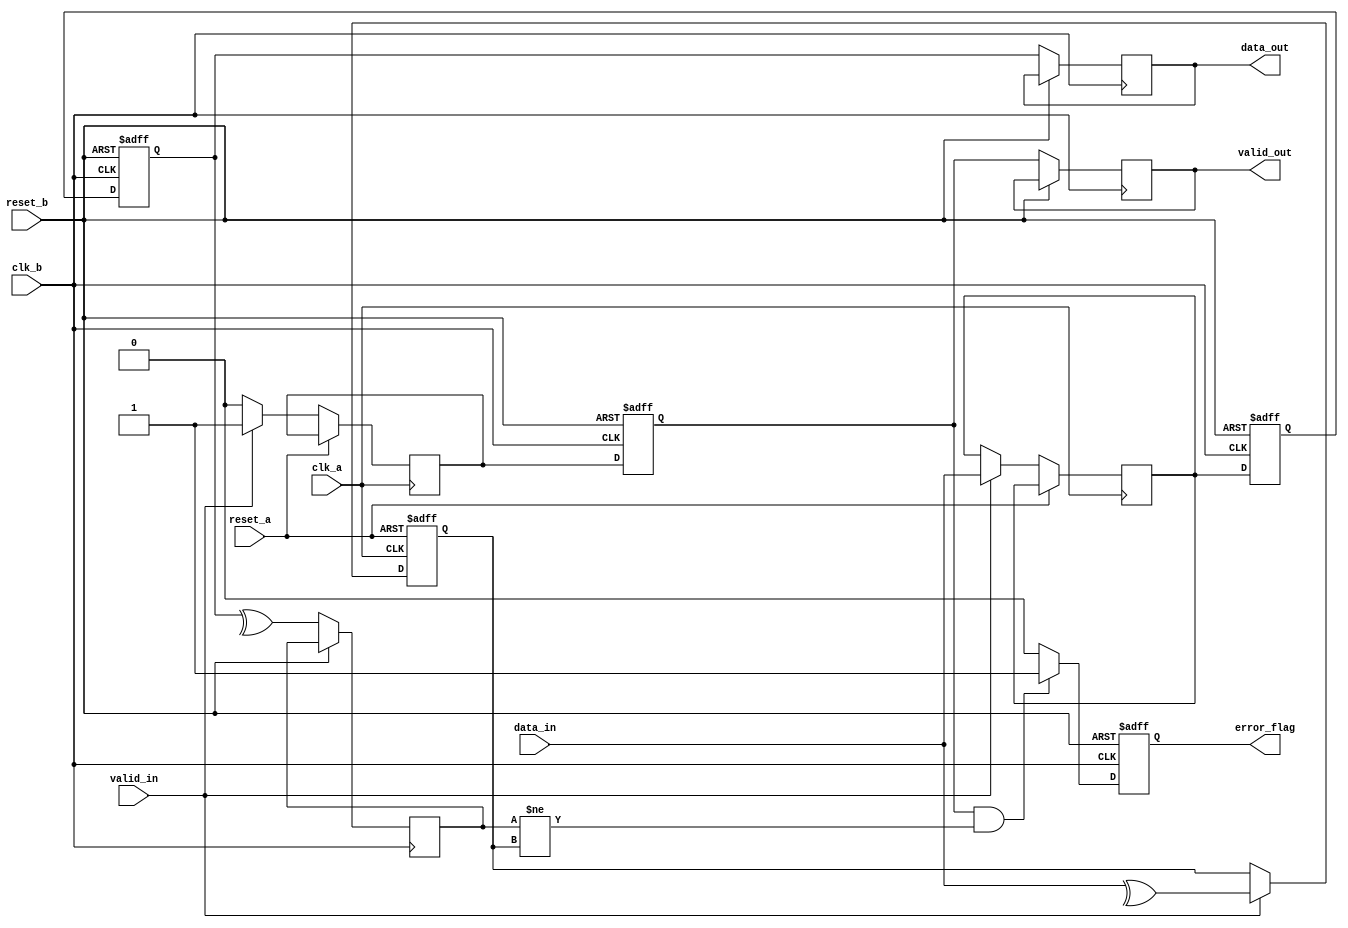
module cdc_with_error_detection #(
    parameter DATA_WIDTH = 8
)(
    input wire clk_a,                // Clock for Domain A
    input wire clk_b,                // Clock for Domain B
    input wire reset_a,              // Asynchronous reset for Domain A
    input wire reset_b,              // Asynchronous reset for Domain B
    input wire [DATA_WIDTH-1:0] data_in, // Data input from Domain A
    input wire valid_in,             // Valid signal from Domain A
    output reg [DATA_WIDTH-1:0] data_out, // Synchronized data output to Domain B
    output reg error_flag,           // Error flag output
    output reg valid_out             // Valid signal for output data in Domain B
);

    // Internal signals
    reg [DATA_WIDTH-1:0] data_buffer;
    reg parity_bit;
    reg parity_check;
    reg valid_buffer;
    
    // Generate parity bit in Domain A
    always @(posedge clk_a or posedge reset_a) begin
        if (reset_a) begin
            parity_bit <= 1'b0;
        end else if (valid_in) begin
            parity_bit <= ^data_in; // Calculate parity (even parity)
            data_buffer <= data_in;  // Buffer the data
            valid_buffer <= 1'b1;     // Set valid buffer
        end else begin
            valid_buffer <= 1'b0;     // Clear valid buffer
        end
    end

    // Dual-flop synchronizer in Domain B
    reg [DATA_WIDTH-1:0] sync_ff1;
    reg [DATA_WIDTH-1:0] sync_ff2;
    reg sync_valid;
    
    always @(posedge clk_b or posedge reset_b) begin
        if (reset_b) begin
            sync_ff1 <= 0;
            sync_ff2 <= 0;
            sync_valid <= 1'b0;
            error_flag <= 1'b0;
        end else begin
            sync_ff1 <= data_buffer; // Capture data from Domain A
            sync_ff2 <= sync_ff1;    // Second flip-flop for stability
            sync_valid <= valid_buffer; // Capture valid signal
            
            // Check parity
            parity_check <= ^sync_ff2; // Calculate parity of received data
            if (sync_valid && (parity_check != parity_bit)) begin
                error_flag <= 1'b1; // Set error flag if parity check fails
            end else begin
                error_flag <= 1'b0; // Clear error flag if no error
            end
            
            // Output data and valid signal
            data_out <= sync_ff2;
            valid_out <= sync_valid;
        end
    end

endmodule